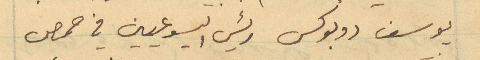
يوسف دوبوكس رئيس اليسوعيين في حمص